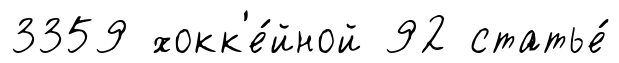
3359 хокк'е́йной 92 статье́